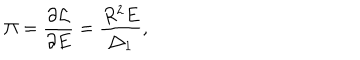
\Pi = \frac { \partial { \cal L } } { \partial E } = \frac { R ^ { 2 } E } { \bigtriangleup _ { 1 } } ,